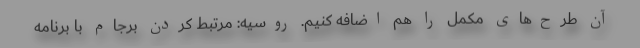
آن طرح‌‌های مکمل را هم اضافه کنیم. روسیه: مرتبط کردن برجام با برنامه